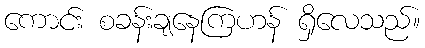
ကောင်း စခန်းချနေကြဟန် ရှိလေသည်။